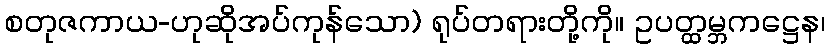
စတုဇကာယ-ဟုဆိုအပ်ကုန်သော) ရုပ်တရားတို့ကို။ ဥပတ္ထမ္ဘကဋ္ဌေန၊